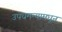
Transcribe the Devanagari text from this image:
उपधमन्यामधून